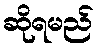
ဆိုရမည်